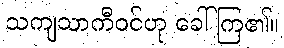
သကျသာကီဝင်ဟု ခေါ်ကြ၏။